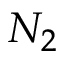
N _ { 2 }